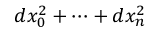
d x _ { 0 } ^ { 2 } + \dots + d x _ { n } ^ { 2 }